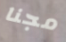
مجنا